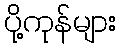
ပို့ကုန်များ